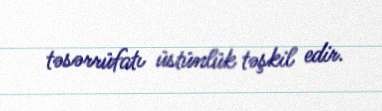
təsərrüfatı üstünlük təşkil edir.